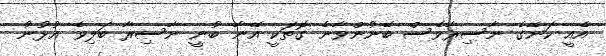
އެެއީ ކަނޭގެ ނާސިރާވެސް ބޭނުންވާނެ ގޮތަކީ އޭނާ ބުނީ ނާސިރާ ބަލިވެ އުޅުނު